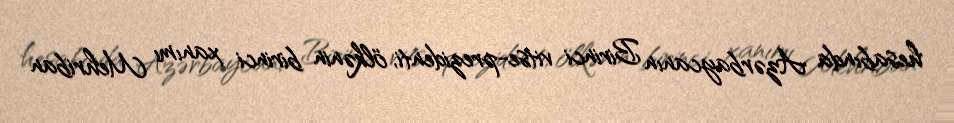
hesabında Azərbaycanın Birinci vitse-prezidenti, ölkənin birinci xanımı Mehriban